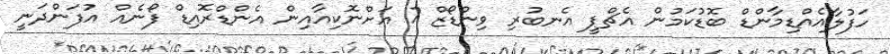
ހަފުލާއެއްޑިމާންޑް ބޮޑުކަމުން އެޗްޕީ އެނބުރި ވިންޑޯޒް 7 އަށްނޮކިއާއިން އެންޑްރޮއިޑް ފޯނެއް އުފަންދަނީ